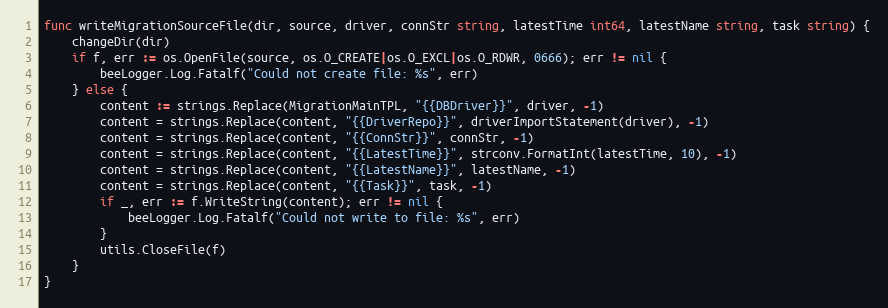
Language: Go
func writeMigrationSourceFile(dir, source, driver, connStr string, latestTime int64, latestName string, task string) {
	changeDir(dir)
	if f, err := os.OpenFile(source, os.O_CREATE|os.O_EXCL|os.O_RDWR, 0666); err != nil {
		beeLogger.Log.Fatalf("Could not create file: %s", err)
	} else {
		content := strings.Replace(MigrationMainTPL, "{{DBDriver}}", driver, -1)
		content = strings.Replace(content, "{{DriverRepo}}", driverImportStatement(driver), -1)
		content = strings.Replace(content, "{{ConnStr}}", connStr, -1)
		content = strings.Replace(content, "{{LatestTime}}", strconv.FormatInt(latestTime, 10), -1)
		content = strings.Replace(content, "{{LatestName}}", latestName, -1)
		content = strings.Replace(content, "{{Task}}", task, -1)
		if _, err := f.WriteString(content); err != nil {
			beeLogger.Log.Fatalf("Could not write to file: %s", err)
		}
		utils.CloseFile(f)
	}
}